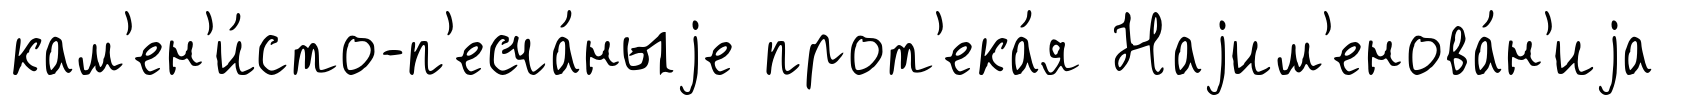
кам'ен'и́сто-п'есча́ныjе прот'ека́я Наjим'енова́н'иjа